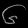
Digit: ၆